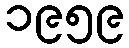
၁၉၅၉